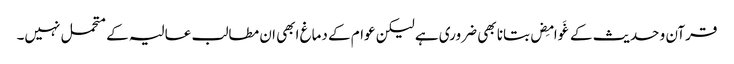
قرآن و حدیث کے غَوامِض بتانا بھی ضروری ہے لیکن عوام کے دماغ ابھی ان مطالب عالیہ کے متحمل نہیں۔